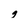
Character: g